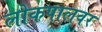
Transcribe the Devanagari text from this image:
लोकपालवर